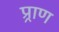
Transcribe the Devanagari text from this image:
प्र्राण